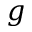
g